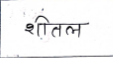
मजकूर: शीतल